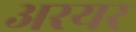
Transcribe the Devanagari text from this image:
अरयर